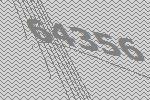
64356